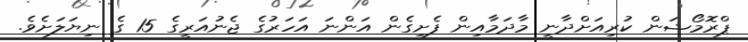
ޕްރޮމޯޝަން ކުރިއަށްދާނީ މާދަމާއިން ފެށިގެން އަންނަ އަހަރުގެ ޖެނުއަރީގެ 15 ގެ ނިޔަލަށެވެ.